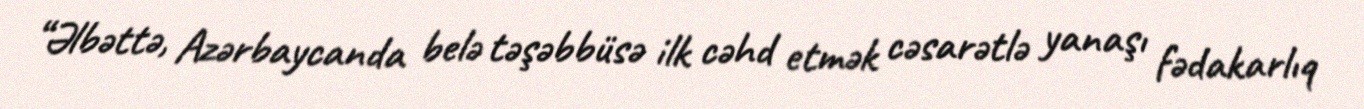
“Əlbəttə, Azərbaycanda belə təşəbbüsə ilk cəhd etmək cəsarətlə yanaşı fədakarlıq